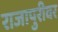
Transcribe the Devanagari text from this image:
राजापुरीवर